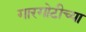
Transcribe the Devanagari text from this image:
गारगोटीच्या